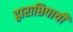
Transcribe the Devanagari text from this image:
द्वाराछिपायी